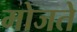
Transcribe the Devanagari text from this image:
मोजते